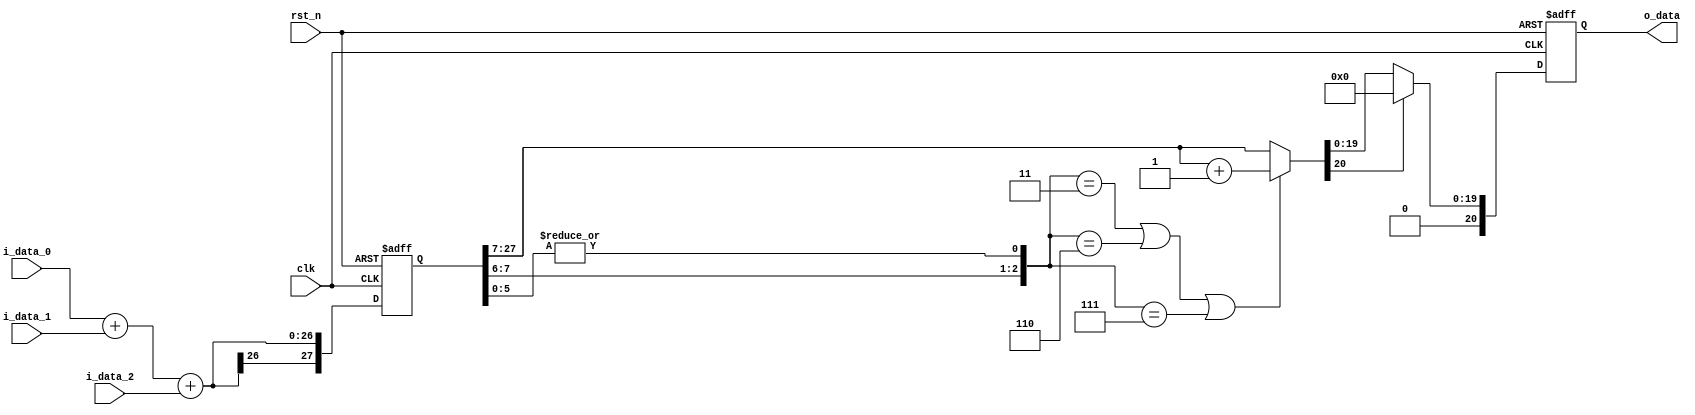
`define IAR_LEN 25
`define OAR_LEN (`IAR_LEN+3-7)

module Adder_relu (
    input clk,
    input rst_n,
    input  [`IAR_LEN-1:0] i_data_0,
    input  [`IAR_LEN-1:0] i_data_1,
    input  [`IAR_LEN-1:0] i_data_2,
    output [`OAR_LEN-1:0] o_data
);
wire signed [`IAR_LEN+3-1:0] data_0_ext, data_1_ext, data_2_ext;
wire signed [`IAR_LEN+3-1:0] data_sum_w;
reg  signed [`IAR_LEN+3-1:0] data_sum_r;
wire signed [`OAR_LEN-1:0] data_round;
wire [`OAR_LEN-1:0] o_data_w;
reg  [`OAR_LEN-1:0] o_data_r;
wire G, R, S;

always @(posedge clk or negedge rst_n) begin
    if (!rst_n) begin
        data_sum_r <= 0;
        o_data_r <= 0;
    end
    else begin
        data_sum_r <= data_sum_w;
        o_data_r <= o_data_w;
    end
end

assign data_0_ext = {{3{i_data_0[`IAR_LEN-1]}}, i_data_0};
assign data_1_ext = {{3{i_data_1[`IAR_LEN-1]}}, i_data_1};
assign data_2_ext = {{3{i_data_2[`IAR_LEN-1]}}, i_data_2};

assign data_sum_w = data_0_ext + data_1_ext + data_2_ext;

assign {G, R, S} = {data_sum_r[7:6], |data_sum_r[5:0]};
assign data_round = ({G, R, S} == 3'b011 || {G, R, S} == 3'b110 || {G, R, S} == 3'b111) ? (data_sum_r[`IAR_LEN+3-1:7] + 1) : data_sum_r[`IAR_LEN+3-1:7];
assign o_data_w = (data_round[`OAR_LEN-1]) ? 0 : data_round;

assign o_data = o_data_r;

endmodule